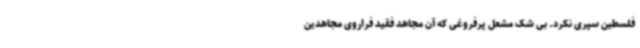
فلسطین سپری نکرد. بی شک مشعل پرفروغی که آن مجاهد فقید فراروی مجاهدین